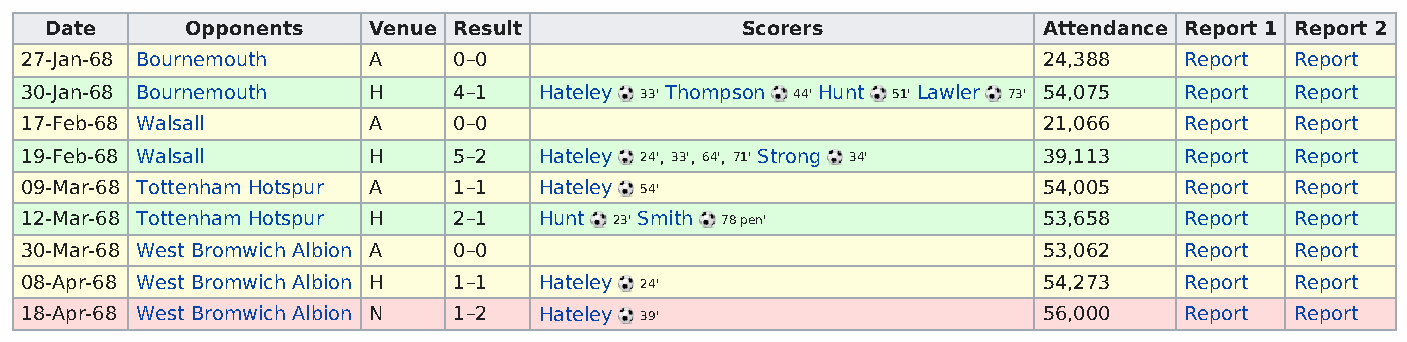
Date     Opponents   Venue Result             Scorers             Attendance Report 1 Report 2
 27-Jan-68 Bournemouth  A     0–0                                    24,388   Report  Report
 30-Jan-68 Bournemouth  H     4–1   Hateley 33' Thompson 44' Hunt 51' Lawler 73' 54,075 Report Report
 17-Feb-68 Walsall      A     0–0                                    21,066   Report  Report
 19-Feb-68 Walsall      H     5–2   Hateley 24', 33', 64', 71' Strong 34' 39,113 Report Report
 09-Mar-68 Tottenham Hotspur A 1–1  Hateley 54'                      54,005   Report  Report
 12-Mar-68 Tottenham Hotspur H 2–1  Hunt 23' Smith 78 pen'           53,658   Report  Report
 30-Mar-68 West Bromwich Albion A 0–0                                53,062   Report  Report
 08-Apr-68 West Bromwich Albion H 1–1 Hateley 24'                    54,273   Report  Report
 18-Apr-68 West Bromwich Albion N 1–2 Hateley 39'                    56,000   Report  Report